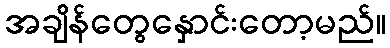
အချိန်တွေနှောင်းတော့မည်။